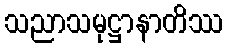
သညာသမုဋ္ဌာနာတိဿ